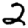
Digit: 2